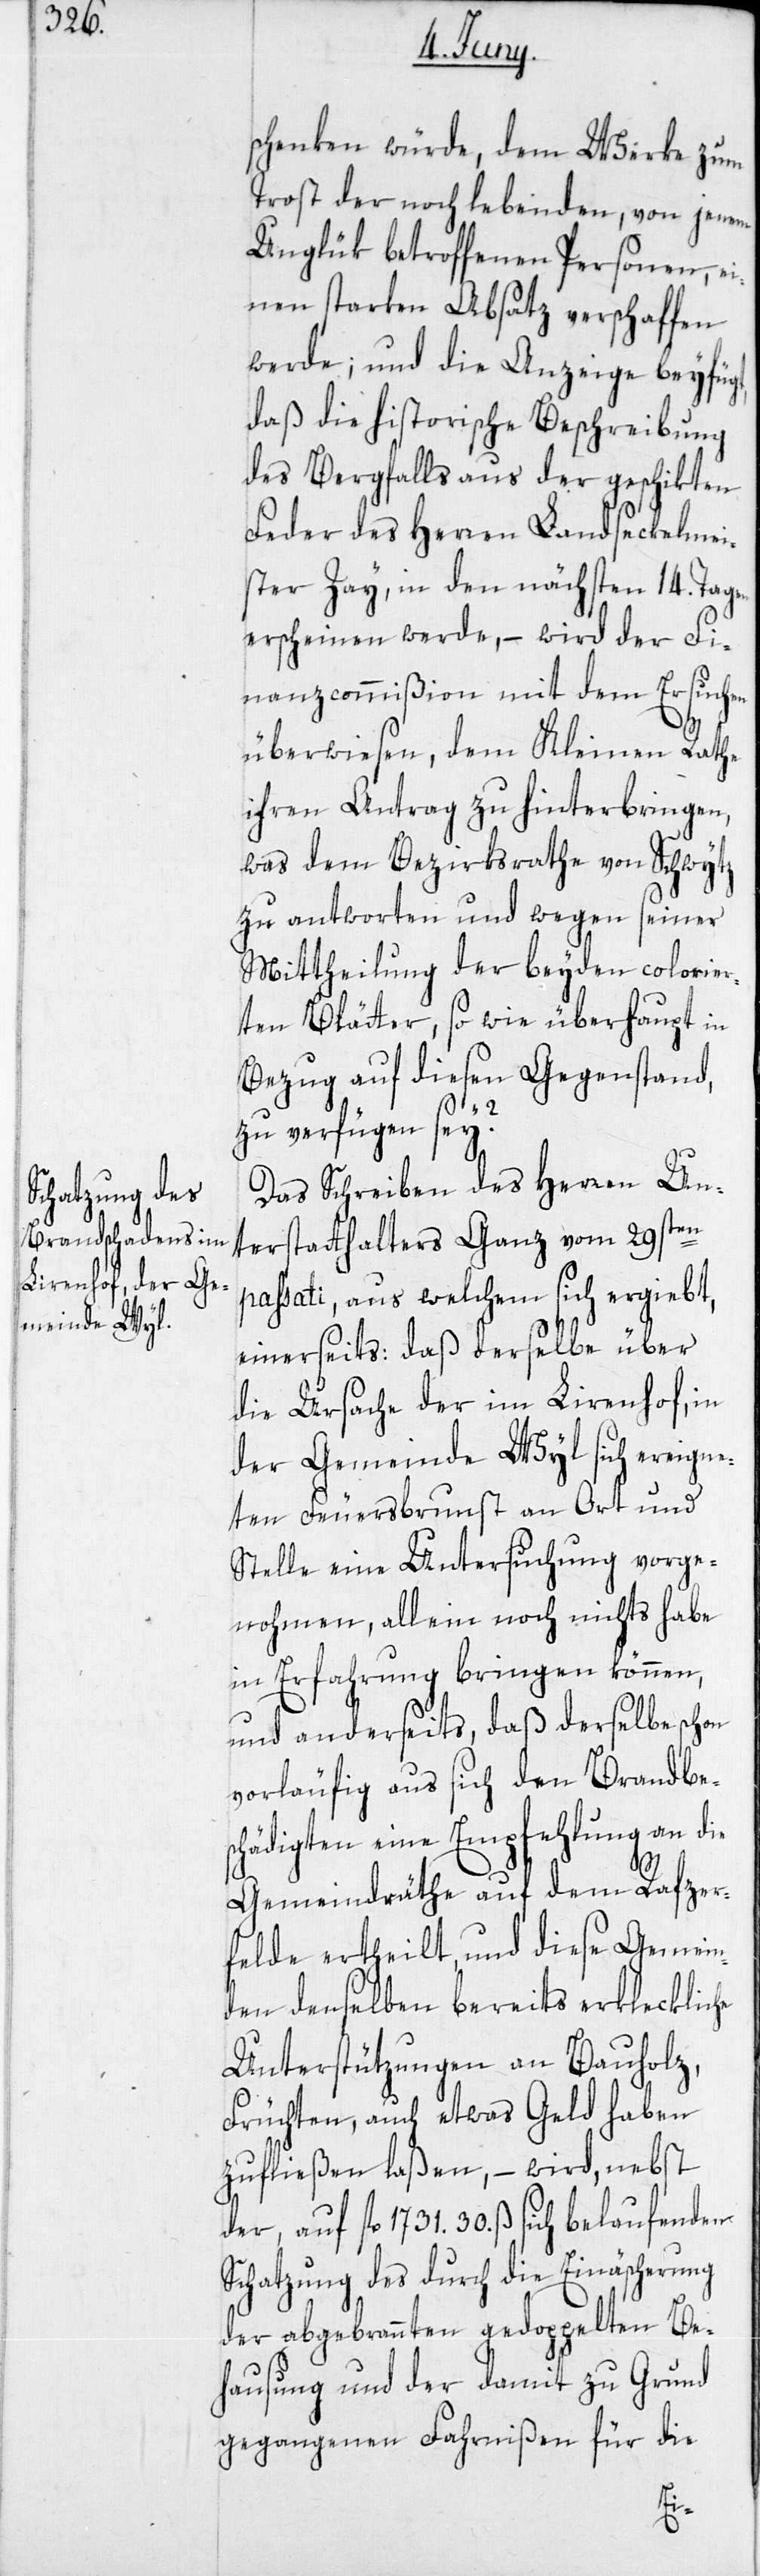
schenken würde, dem Werke zum
Trost der noch lebenden, von jenem
Unglük betroffenen Personen, ei¬
nen starken Absatz verschaffen
werde; und die Anzeige beyfüg¬
daß die historische Beschreibung
des Bergfalls aus der geschikten
Feder des Herren Landseckelmei¬
ster Zay, in den nächsten 14. Tagen
erscheinen werde, – wird der Fi¬
nanzcommißion mit dem Ersuchen
überwiesen, dem Kleinen Rathe
ihren Antrag zu hinterbringen,
was dem Bezirksrathe von Schwytz
zu antworten und wegen seiner
Mittheilung der beyden colorier¬
ten Blätter, so wie überhaupt in
Bezug auf diesen Gegenstand,
zu verfügen sey?
Das Schreiben des Herren Un¬
terstatthalters Ganz vom 29sten
passati, aus welchem sich ergiebt,
einerseits: daß derselbe über
die Ursache der im Lirenhof, in
der Gemeinde Wyl sich ereigne¬
ten Feuersbrunst an Ort und
Stelle eine Untersuchung vorge¬
nohmen, allein noch nichts habe
in Erfahrung bringen können,
und anderseits, daß derselbe schon
vorläufig aus sich den Brandbes¬
chädigten eine Empfehlung an die
t,
Gemeindräthe auf dem Rafzer¬
felde ertheilt, und diese Gemein¬
den denselben bereits erklecklic¬
Unterstützungen an Bauholz,
Früchten, auch etwas Geld haben
zufließen laßen, – wird, nebst
der, auf fl. 1731.30. ß sich belaufenden
Schatzung des durch die Einäscherung
der abgebrannten gedoppelten Be¬
hausung und der damit zu Grund
gegangenen Fahrnißen für die
he